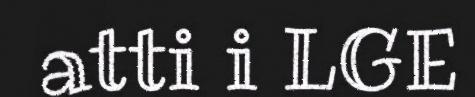
atti i LGE